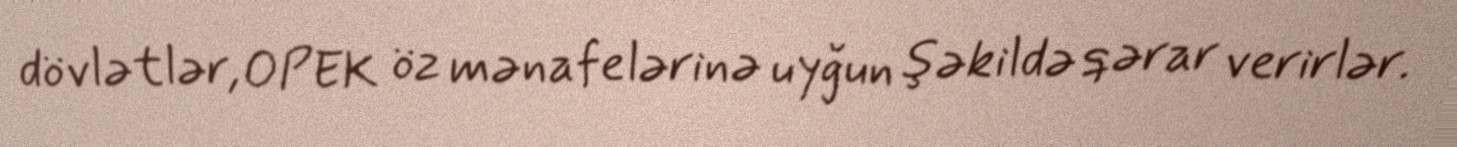
dövlətlər, OPEK öz mənafelərinə uyğun şəkildə qərar verirlər.